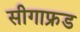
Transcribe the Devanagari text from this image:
सीगाफ्रड